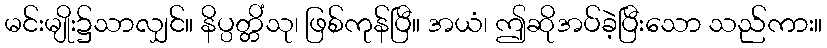
မင်းမျိုး၌သာလျှင်။ နိပ္ပတ္တိံသု၊ ဖြစ်ကုန်ပြီ။ အယံ၊ ဤဆိုအပ်ခဲ့ပြီးသော သည်ကား။